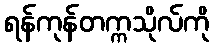
ရန်ကုန်တက္ကသိုလ်ကို